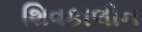
શિવકાલીન